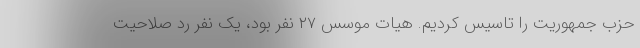
حزب جمهوریت را تاسیس کردیم. هیات موسس ۲۷ نفر بود، یک نفر رد صلاحیت